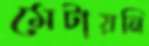
মেটায়নি